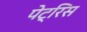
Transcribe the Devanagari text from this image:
पेट्रिस